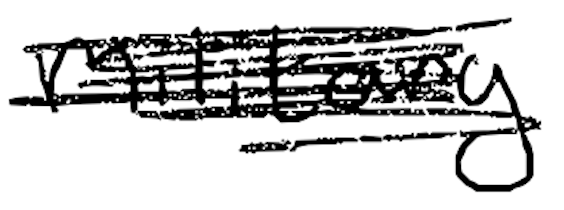
Text: military
Cross-out: mix
Writing tool: digital_black